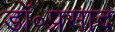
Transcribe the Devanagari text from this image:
डॉ॰प्रसाद